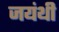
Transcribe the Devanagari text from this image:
जयंथी